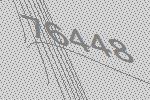
76448